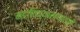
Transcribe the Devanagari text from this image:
महाविद्यालयातही